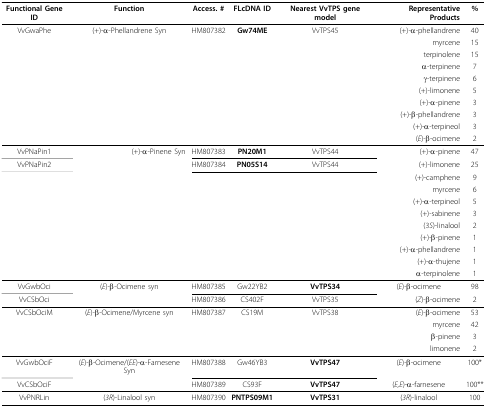
<table><thead><tr><td><b>Functional Gene ID</b></td><td><b>Function</b></td><td><b>Access. #</b></td><td><b>FLcDNA ID</b></td><td><b>Nearest VvTPS gene model</b></td><td><b>Representative Products</b></td><td><b>%</b></td></tr></thead><tbody><tr><td>VvGwaPhe</td><td>(+)-α-Phellandrene Syn</td><td>HM807382</td><td><b>Gw74ME</b></td><td>VvTPS45</td><td>(+)-α-phellandrene</td><td>40</td></tr><tr><td></td><td></td><td></td><td></td><td></td><td>myrcene</td><td>15</td></tr><tr><td></td><td></td><td></td><td></td><td></td><td>terpinolene</td><td>15</td></tr><tr><td></td><td></td><td></td><td></td><td></td><td>α-terpinene</td><td>7</td></tr><tr><td></td><td></td><td></td><td></td><td></td><td>γ-terpinene</td><td>6</td></tr><tr><td></td><td></td><td></td><td></td><td></td><td>(+)-limonene</td><td>5</td></tr><tr><td></td><td></td><td></td><td></td><td></td><td>(+)-α-pinene</td><td>3</td></tr><tr><td></td><td></td><td></td><td></td><td></td><td>(+)-β-phellandrene</td><td>3</td></tr><tr><td></td><td></td><td></td><td></td><td></td><td>(+)-α-terpineol</td><td>3</td></tr><tr><td></td><td></td><td></td><td></td><td></td><td>(<i>E</i>)-β-ocimene</td><td>2</td></tr><tr><td>VvPNaPin1</td><td>(+)-α-Pinene Syn</td><td>HM807383</td><td><b>PN20M1</b></td><td>VvTPS44</td><td>(+)-α-pinene</td><td>47</td></tr><tr><td>VvPNaPin2</td><td></td><td>HM807384</td><td><b>PN05S14</b></td><td>VvTPS44</td><td>(+)-limonene</td><td>25</td></tr><tr><td></td><td></td><td></td><td></td><td></td><td>(+)-camphene</td><td>9</td></tr><tr><td></td><td></td><td></td><td></td><td></td><td>myrcene</td><td>6</td></tr><tr><td></td><td></td><td></td><td></td><td></td><td>(+)-α-terpineol</td><td>5</td></tr><tr><td></td><td></td><td></td><td></td><td></td><td>(+)-sabinene</td><td>3</td></tr><tr><td></td><td></td><td></td><td></td><td></td><td>(3<i>S</i>)-linalool</td><td>2</td></tr><tr><td></td><td></td><td></td><td></td><td></td><td>(+)-β-pinene</td><td>1</td></tr><tr><td></td><td></td><td></td><td></td><td></td><td>(+)-α-phellandrene</td><td>1</td></tr><tr><td></td><td></td><td></td><td></td><td></td><td>(+)-α-thujene</td><td>1</td></tr><tr><td></td><td></td><td></td><td></td><td></td><td>α-terpinolene</td><td>1</td></tr><tr><td>VvGwbOci</td><td>(<i>E</i>)-β-Ocimene syn</td><td>HM807385</td><td>Gw22YB2</td><td><b>VvTPS34</b></td><td>(<i>E</i>)-β-ocimene</td><td>98</td></tr><tr><td>VvCSbOci</td><td></td><td>HM807386</td><td>CS402F</td><td>VvTPS35</td><td>(<i>Z</i>)-β-ocimene</td><td>2</td></tr><tr><td>VvCSbOciM</td><td>(<i>E</i>)-β-Ocimene/Myrcene syn</td><td>HM807387</td><td>CS19M</td><td>VvTPS38</td><td>(<i>E</i>)-β-ocimene</td><td>53</td></tr><tr><td></td><td></td><td></td><td></td><td></td><td>myrcene</td><td>42</td></tr><tr><td></td><td></td><td></td><td></td><td></td><td>β-pinene</td><td>3</td></tr><tr><td></td><td></td><td></td><td></td><td></td><td>limonene</td><td>2</td></tr><tr><td>VvGwbOciF</td><td>(<i>E</i>)-β-Ocimene/(<i>EE</i>)-α-Farnesene Syn</td><td>HM807388</td><td>Gw46YB3</td><td><b>VvTPS47</b></td><td>(<i>E</i>)-β-ocimene</td><td>100*</td></tr><tr><td>VvCSbOciF</td><td></td><td>HM807389</td><td>CS93F</td><td><b>VvTPS47</b></td><td>(<i>E,E</i>)-α-farnesene</td><td>100**</td></tr><tr><td>VvPNRLin</td><td>(<i>3R</i>)-Linalool syn</td><td>HM807390</td><td><b>PNTPS09M1</b></td><td><b>VvTPS31</b></td><td>(<i>3R</i>)-linalool</td><td>100</td></tr></tbody></table>